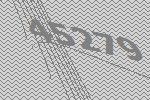
45279